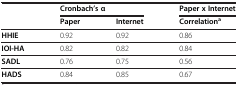
<table><thead><tr><td><b> </b></td><td colspan="2"><b>Cronbach’s α</b></td><td><b>Paper x Internet</b></td></tr><tr><td><b> </b></td><td><b>Paper</b></td><td><b>Internet</b></td><td><b>Correlation<sup>a</sup></b></td></tr></thead><tbody><tr><td><b>HHIE</b></td><td>0.92</td><td>0.92</td><td>0.86</td></tr><tr><td><b>IOI-HA</b></td><td>0.82</td><td>0.82</td><td>0.84</td></tr><tr><td><b>SADL</b></td><td>0.76</td><td>0.75</td><td>0.56</td></tr><tr><td><b>HADS</b></td><td>0.84</td><td>0.85</td><td>0.67</td></tr></tbody></table>